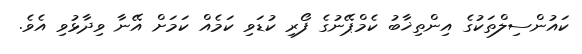
ކައުންސިލްތަކުގެ އިންތިޚާބު ކެމްޕޭނުގެ ފޯރި ކުޑަވި ކަމެއް ކަމަށް އޭނާ ވިދާޅުވި އެވެ.